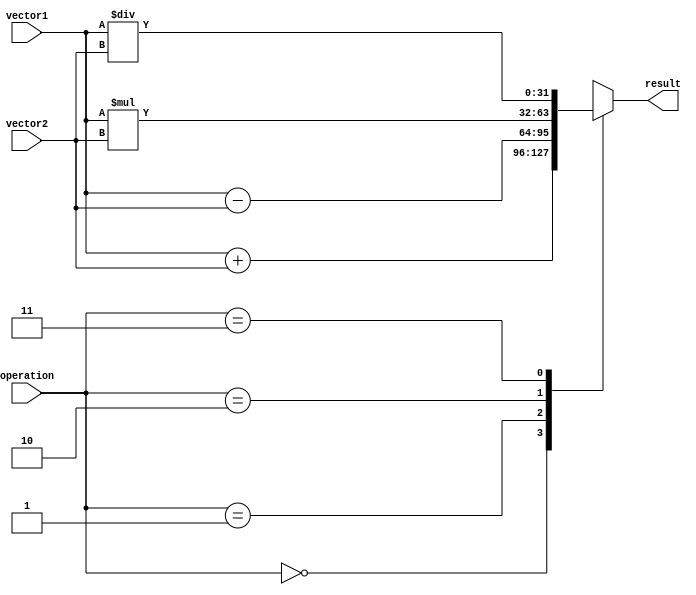
module VectorALU (
  input [31:0] vector1,
  input [31:0] vector2,
  input [1:0] operation,
  output reg [31:0] result
);

always @(*)
begin
  case(operation)
    2'b00:   // Addition
      result = vector1 + vector2;
    2'b01:   // Subtraction
      result = vector1 - vector2;
    2'b10:   // Multiplication
      result = vector1 * vector2;
    2'b11:   // Division
      result = vector1 / vector2;
  endcase
end

endmodule